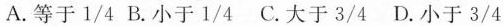
A.等于1/4B.小于1/4C.大于3/4D.小于3/4